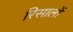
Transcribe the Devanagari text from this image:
रिसालों